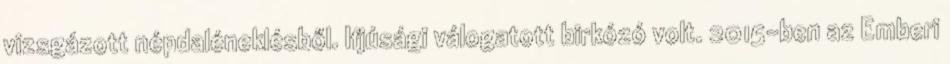
vizsgázott népdaléneklésből. Ifjúsági válogatott birkózó volt. 2015-ben az Emberi